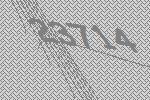
23714